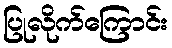
ပြုလိုက်ကြောင်း